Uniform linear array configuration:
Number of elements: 16
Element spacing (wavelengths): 0.25
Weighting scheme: hamming
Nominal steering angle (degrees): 0
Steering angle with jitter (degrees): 1.788
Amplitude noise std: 0.05
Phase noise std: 0.05

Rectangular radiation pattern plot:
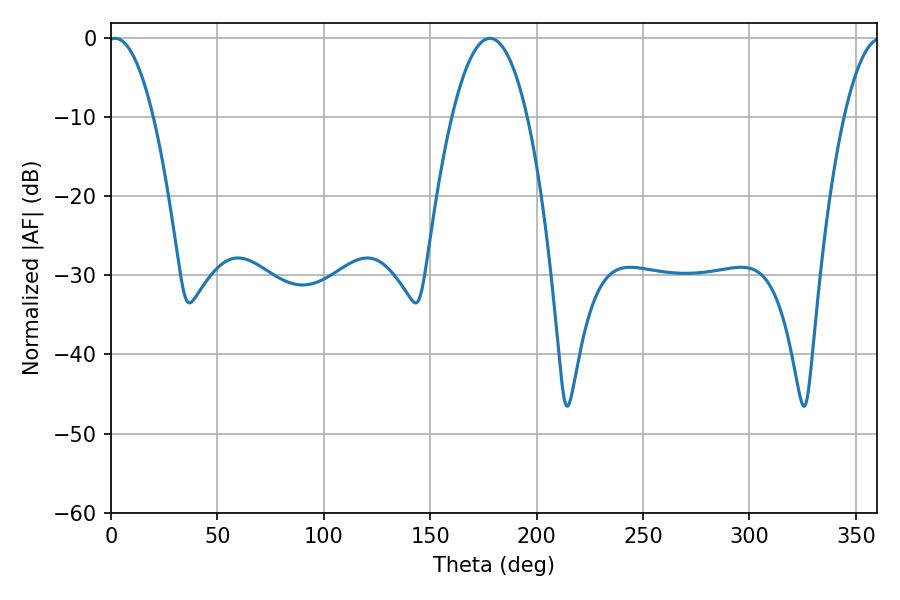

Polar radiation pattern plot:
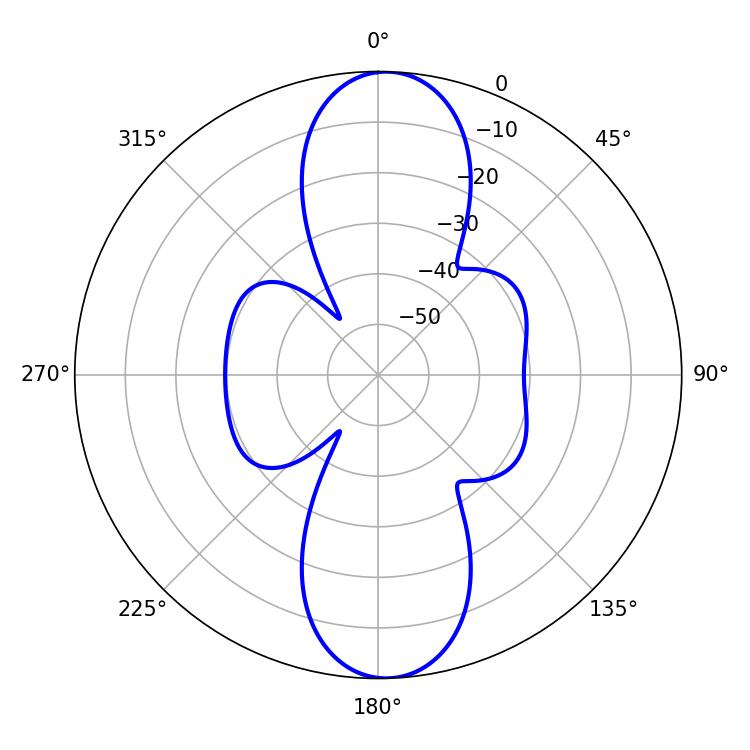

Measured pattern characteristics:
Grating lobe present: FALSE
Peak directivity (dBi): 18.79
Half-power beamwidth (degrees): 11.7
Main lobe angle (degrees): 1.98